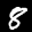
Digit: 8